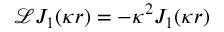
\mathcal { L } J _ { 1 } ( \kappa r ) = - \kappa ^ { 2 } J _ { 1 } ( \kappa r )